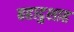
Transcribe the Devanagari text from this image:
बहादुशाह